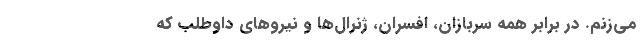
می‌زنم. در برابر همه سربازان، افسران، ژنرال‌ها و نیروهای داوطلب که